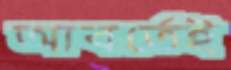
আবর্তেই